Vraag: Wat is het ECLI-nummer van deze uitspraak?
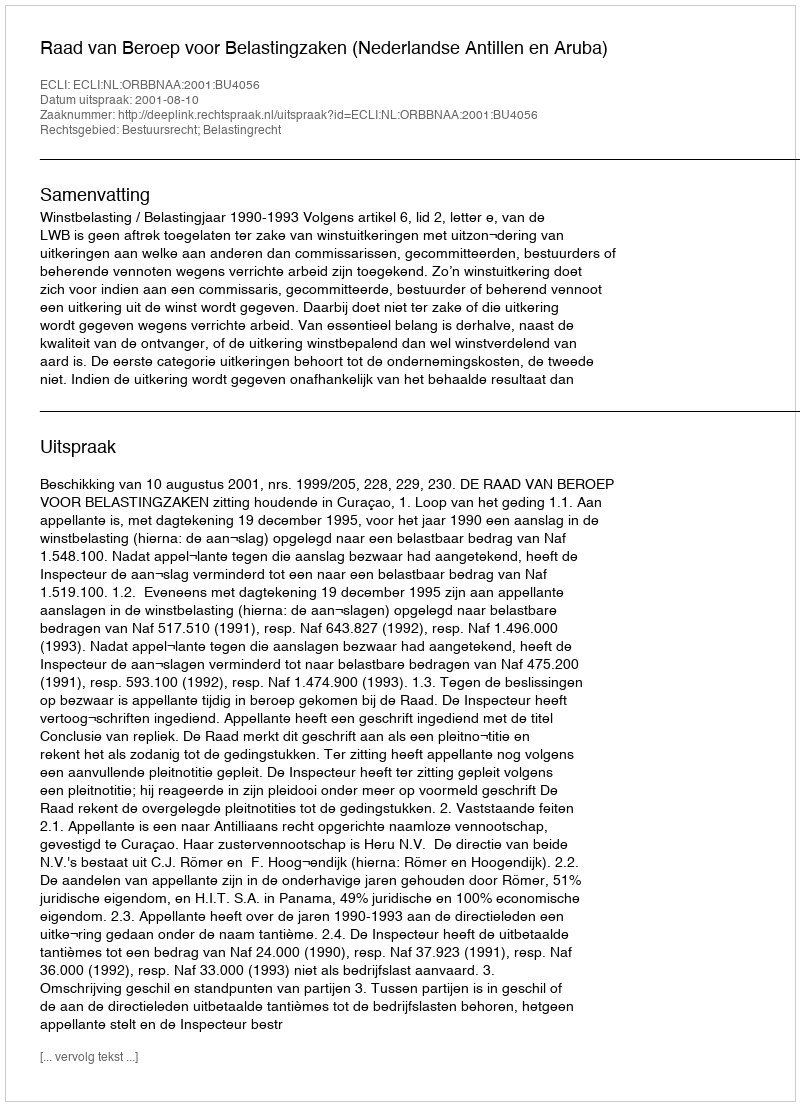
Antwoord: ECLI:NL:ORBBNAA:2001:BU4056